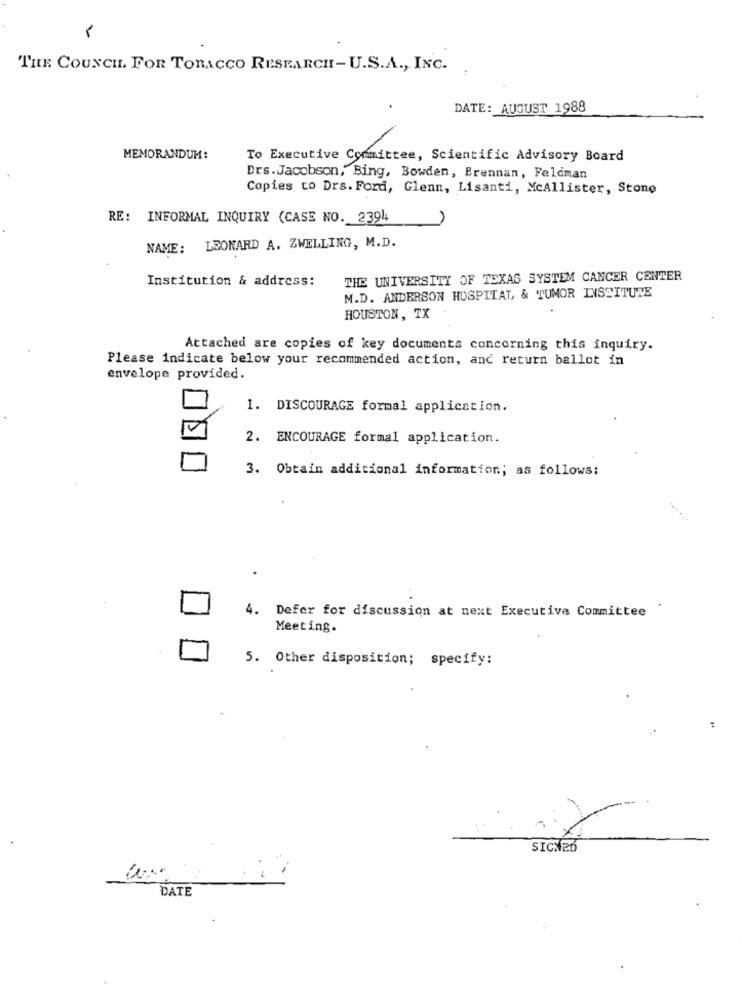
THE COUNCIL. FOR TOBACCO RESEARCH-U.S.A ., INC.
DATE: AUGUST 1988
MEMORANDUM:
To Executive Committee, Scientific Advisory Board
Drs.Jacobson, Bing, Bowden, Brennan, Feldman
Copies to Drs. Ford, Glenn, Lisanti, McAllister, Stone
RE: INFORMAL INQUIRY (CASE NO. 2394
NAME: LEONARD A. ZWELLING, M.D.
Institution & address:
THE UNIVERSITY OF TEXAS SYSTEM CANCER CENTER
M.D. ANDERSON HOSPITAL, & TUMOR LISSITURE
HOUSTON, TX
Attached are copies of key documents concerning this inquiry.
Please indicate below your recommended action, and return ballot in
envelope provided.
1. DISCOURAGE formal application.
2. ENCOURAGE formal application.
3. Obtain additional information; as follows:
4. Defer for discussion at next Executive Committee
Meeting.
5. Other disposition; specify:
SIGNED
DATE